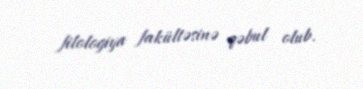
filologiya fakültəsinə qəbul olub.